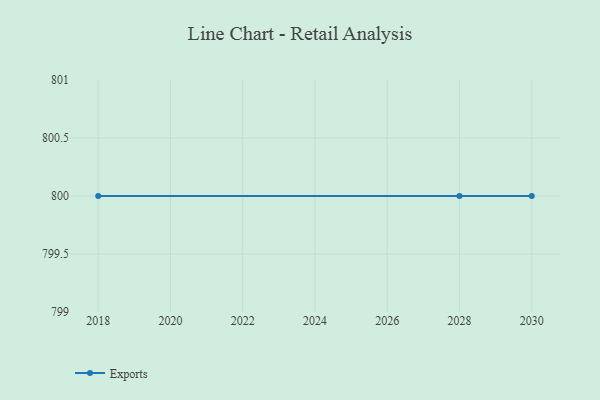
{"axis": {"x": "Year", "y": "Budget (USD K)"}, "legend": ["Exports"], "data": [{"x": "2030", "y": 800, "type": "Exports"}, {"x": "2028", "y": 800, "type": "Exports"}, {"x": "2018", "y": 800, "type": "Exports"}]}